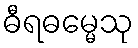
ဓီရဓမ္မေသု